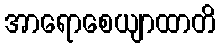
အာရောစေယျာထာတိ